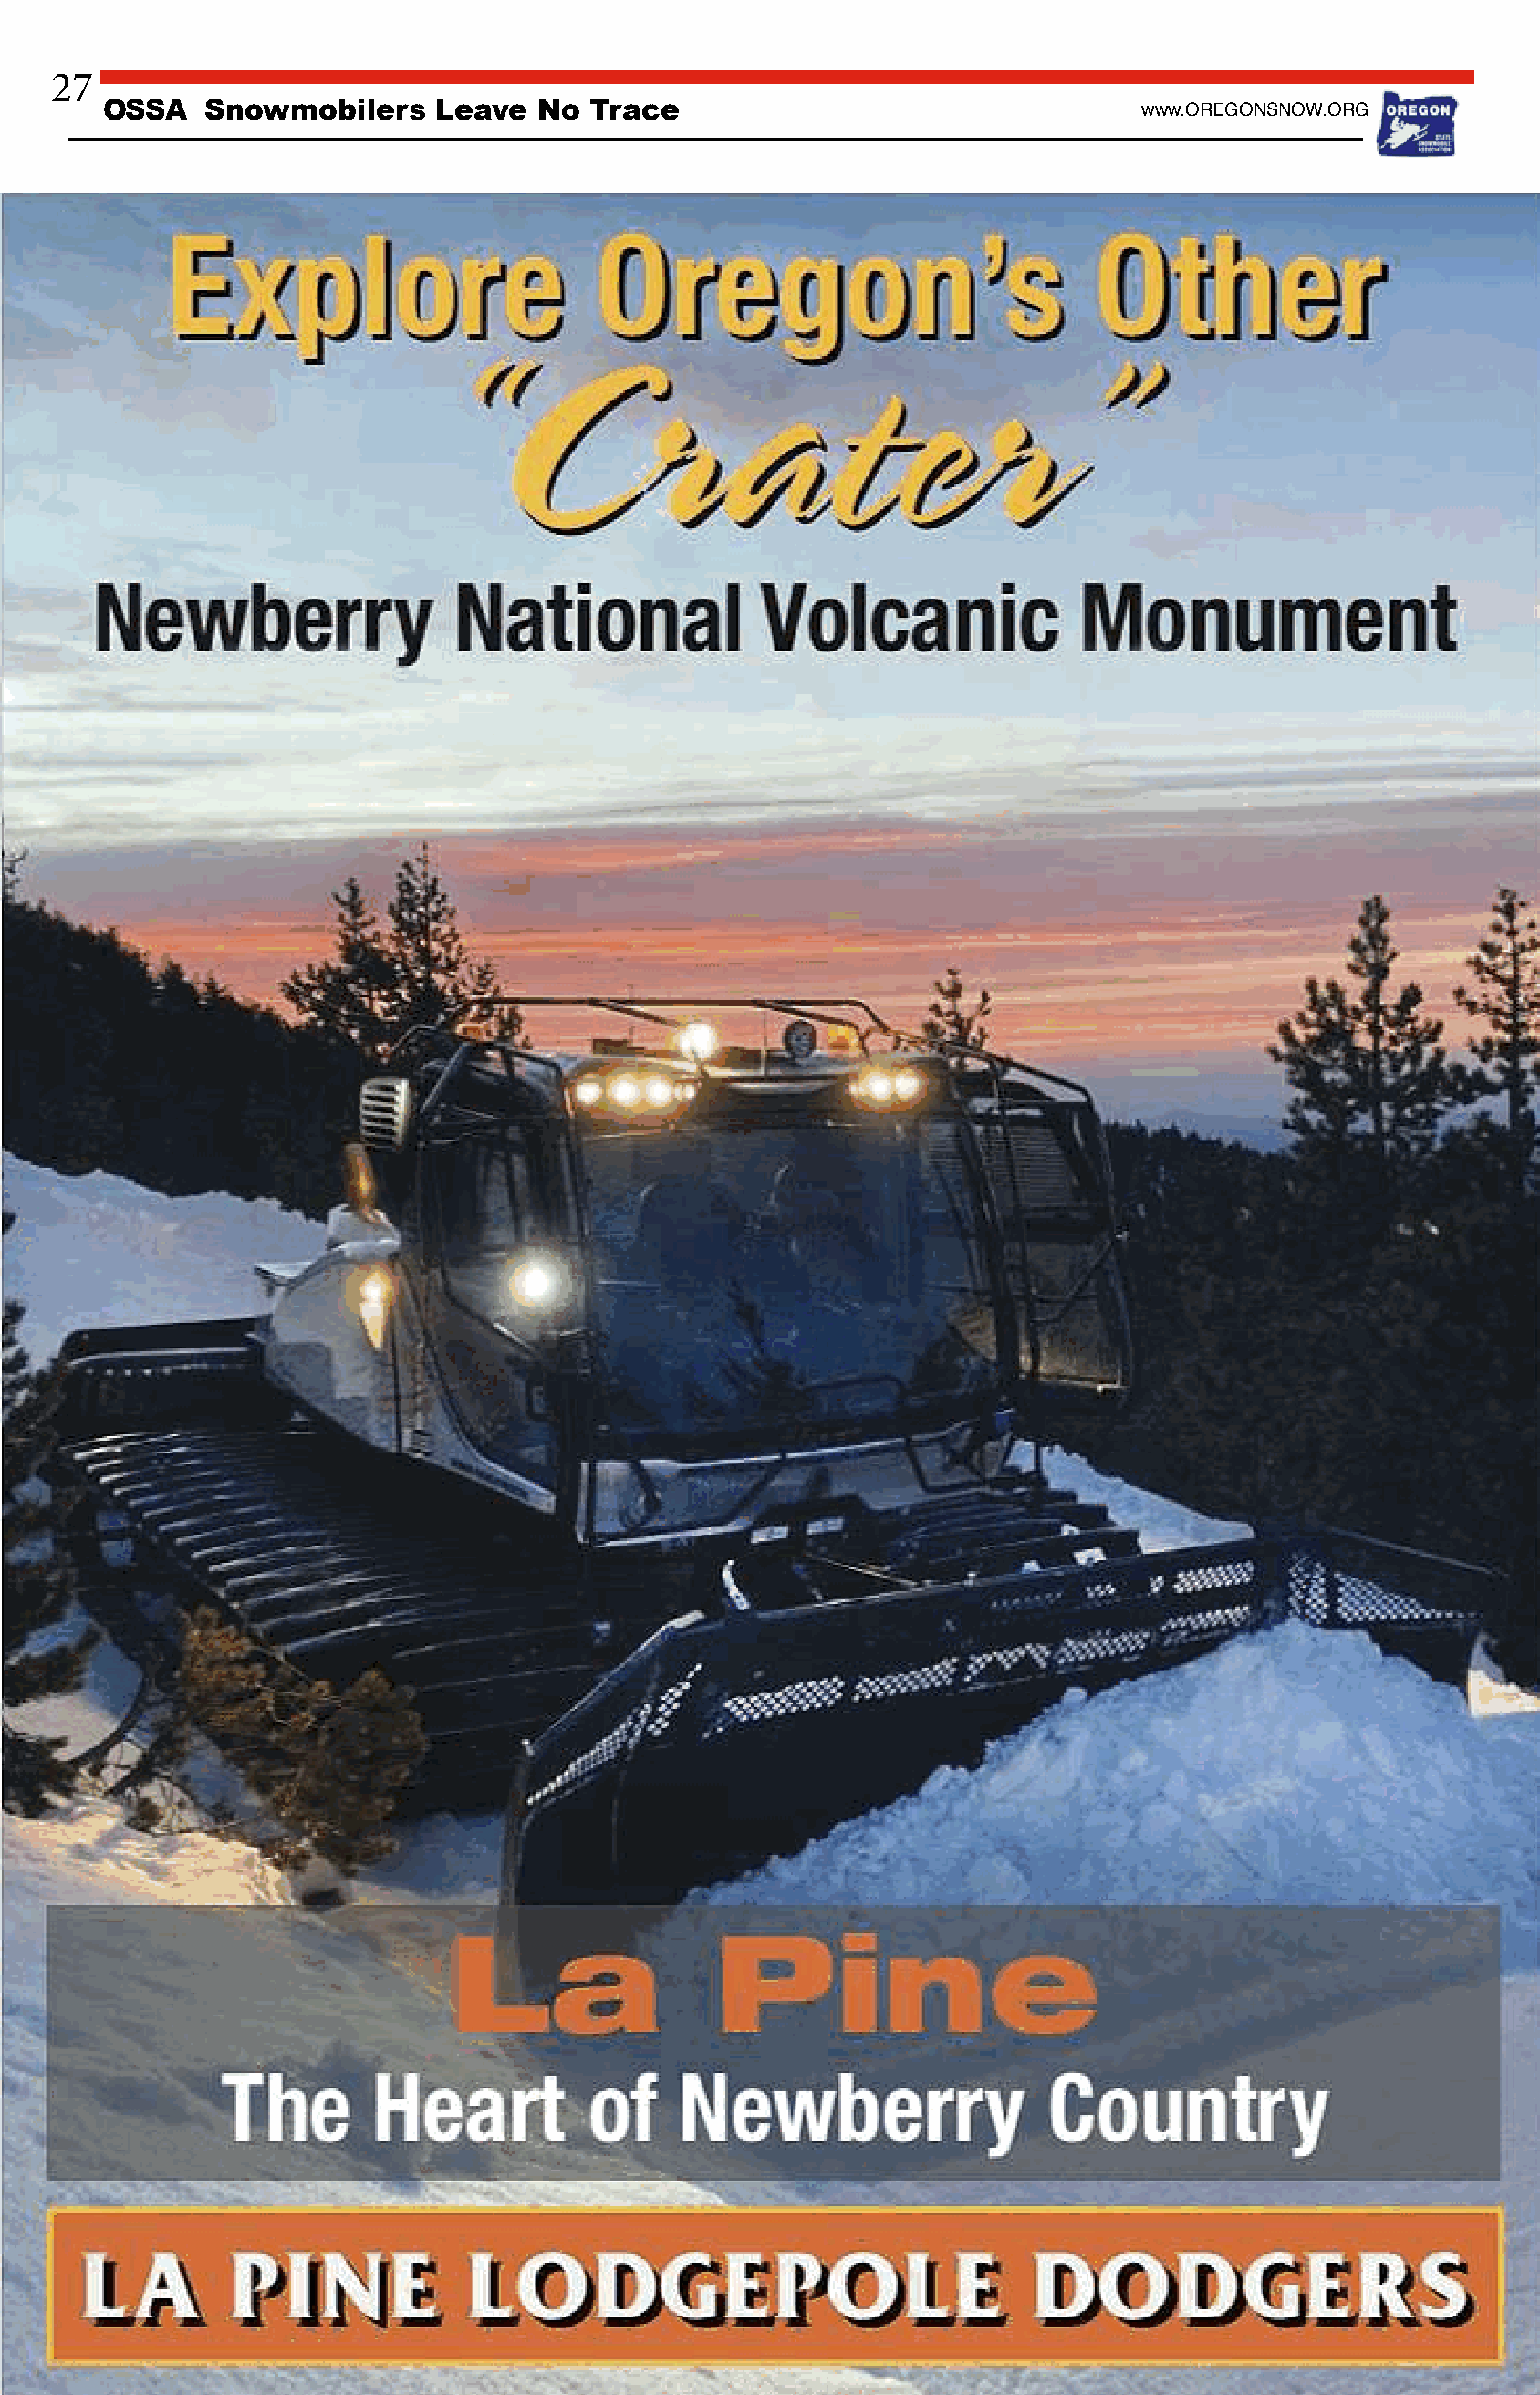
27
 OSSA    Snowmobilers     Leave  No  Trace                                   www.OREGONSNOW.ORG